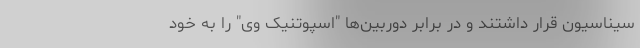
سیناسیون قرار داشتند و در برابر دوربین‌ها "اسپوتنیک وی" را به خود